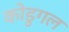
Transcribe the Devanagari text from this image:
कोडुगल